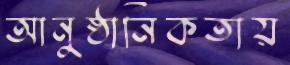
আনুষ্ঠানিকতায়